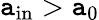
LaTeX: \mathtt{a}_{\mathrm{{in}}}>\mathtt{a}_{0}